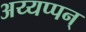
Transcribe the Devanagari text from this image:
अय्यप्पन्